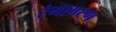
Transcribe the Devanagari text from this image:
रंगाभरण